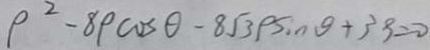
\rho ^ { 2 } - 8 \rho \cos \theta - 8 \sqrt { 3 } \rho \sin \theta + 3 9 = 0